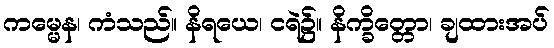
ကမ္မေန၊ ကံသည်။ နိရယေ၊ ငရဲ၌။ နိက္ခိတ္တော၊ ချထားအပ်